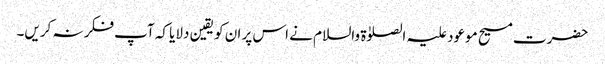
حضرت مسیح موعود علیہ الصلوٰۃ والسلام نے اس پر ان کو یقین دلایا کہ آپ فکر نہ کریں۔